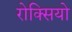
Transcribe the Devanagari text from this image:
रोक्सियो